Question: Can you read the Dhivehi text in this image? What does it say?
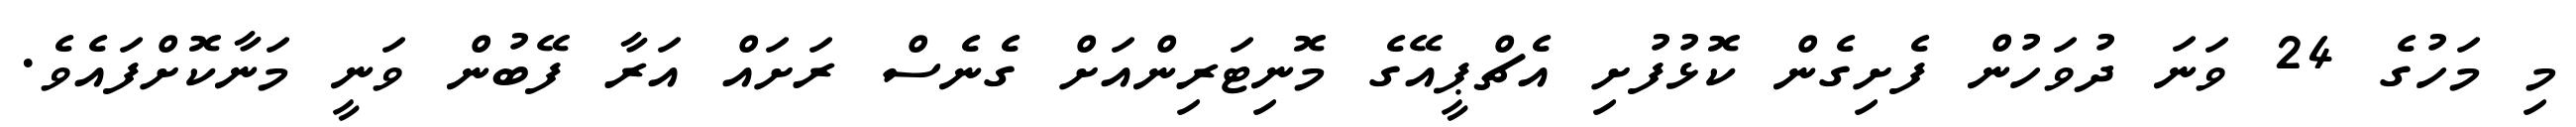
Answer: މި މަހުގެ 24 ވަނަ ދުވަހުން ފެށިގެން ކޮޅުފުށި އެޗްޕީއޭގެ މޮނިޓަރިންއަށް ގެނެސް ރަށައް އަރާ ފޭބުން ވަނީ މަނާކޮށްފައެވެ.